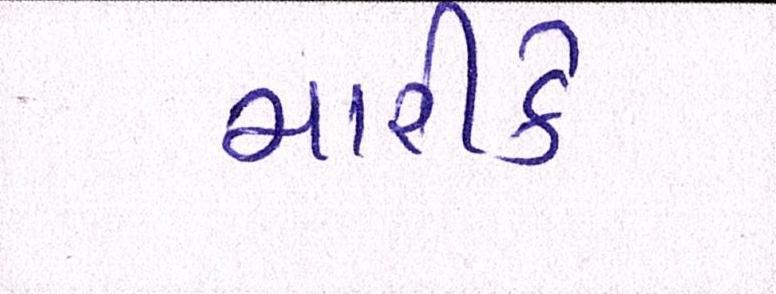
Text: મારીકે